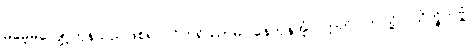
မမေ့မလျော့ကုန်သည်ဖြစ်၍။ ဝိဟရိဿာမ၊ နေကုန်အံ့။ ဣတိ၊ ဤသို့။ သိက္ခိတဗ္ဗံ၊